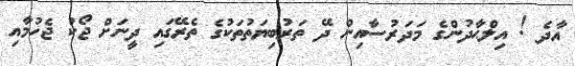
އާދެ ! އިލްޙާދުންގެ މަދަރުސާއިން ދޭ ތަރުބިޔަތުތަކުގެ ތެރޭގައި ދީނަށް ޖޯކު ޖެހުމާއި